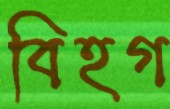
বিহগ